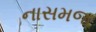
નાસમજ